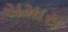
સમાસ